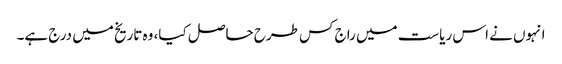
انہوں نے اس ریاست میں راج کس طرح حاصل کیا، وہ تاریخ میں درج ہے۔